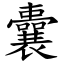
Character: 囊